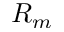
R _ { m }